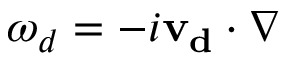
\omega _ { d } = - i \mathbf { v _ { d } } \cdot \nabla